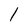
Character: l